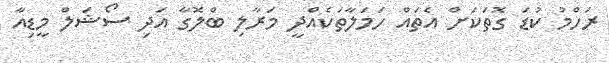
ރަހްމު ކުޑަ ގޮތަކަށް އެތައް ހަމަލާތަކެއްދީ މަރާލި ބްލޮގާ އަދި ސޯޝަލް މީޑިއާ